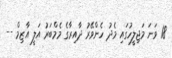
18 ވަނަ މަޖިލީހުގައި މެދު ހެންވޭރު ދާއިރާގެ މެމްބަރު އަލީ އާޒިމް --